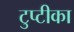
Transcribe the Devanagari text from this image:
टुप्टीका